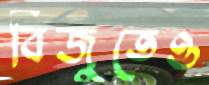
বিজুতেও